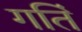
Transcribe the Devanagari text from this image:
गतिं